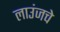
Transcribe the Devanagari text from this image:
लाउंजचे